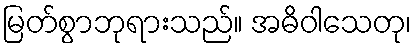
မြတ်စွာဘုရားသည်။ အဓိဝါသေတု၊